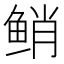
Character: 𱇯